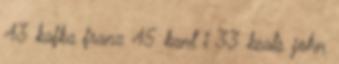
43 kafka franz 45 kant i 33 keats john